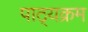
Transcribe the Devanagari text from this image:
पाठ्‍यक्रम